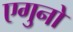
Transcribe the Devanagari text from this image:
एगुनो